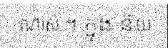
ណាស់ ។ ក្នុង ន័យ